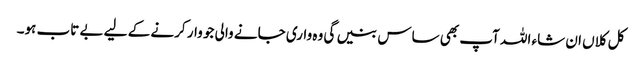
کل کلاں ان شاء اللہ آپ بھی ساس بنیں گی وہ واری جانے والی جو وار کرنے کے لیے بے تاب ہو۔